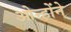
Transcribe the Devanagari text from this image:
ओन्होंने